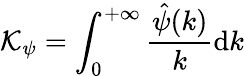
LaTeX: \mathcal{K}_{\psi}=\int_{0}^{+\infty}\frac{\hat{\psi}(k)}{k}\mathrm{d}k